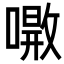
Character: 𠾝